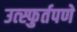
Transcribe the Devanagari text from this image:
उत्स्फुर्तपणे